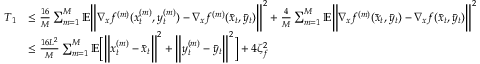
\begin{array} { r l } { T _ { 1 } } & { \leq \frac { 1 6 } { M } \sum _ { m = 1 } ^ { M } \mathbb { E } \bigg \| \nabla _ { x } f ^ { ( m ) } ( x _ { t } ^ { ( m ) } , y _ { t } ^ { ( m ) } ) - \nabla _ { x } f ^ { ( m ) } ( \bar { x } _ { t } , \bar { y } _ { t } ) \bigg \| ^ { 2 } + \frac { 4 } { M } \sum _ { m = 1 } ^ { M } \mathbb { E } \bigg \| \nabla _ { x } f ^ { ( m ) } ( \bar { x } _ { t } , \bar { y } _ { t } ) - \nabla _ { x } f ( \bar { x } _ { t } , \bar { y } _ { t } ) \bigg \| ^ { 2 } } \\ & { \leq \frac { 1 6 L ^ { 2 } } { M } \sum _ { m = 1 } ^ { M } \mathbb { E } \bigg [ \bigg \| x _ { t } ^ { ( m ) } - \bar { x } _ { t } \bigg \| ^ { 2 } + \bigg \| y _ { t } ^ { ( m ) } - \bar { y } _ { t } \bigg \| ^ { 2 } \bigg ] + 4 \zeta _ { f } ^ { 2 } } \end{array}